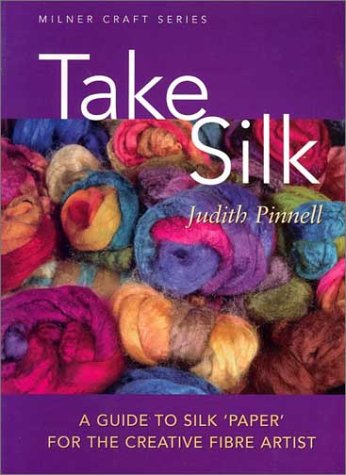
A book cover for Take Silk: A Guide to Silk 'Paper' for the Creative Fiber Artist; Judith Pinnell; Crafts, Hobbies & Home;